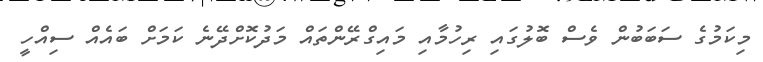
މިކަމުގެ ސަބަބުން ވެސް ބޮލުގައި ރިހުމާއި މައިގްރޭންތައް މަދުކޮށްދޭނެ ކަމަށް ބައެއް ސިއްހީ